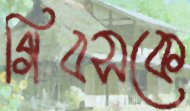
গিবসকে